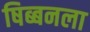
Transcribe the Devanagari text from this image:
षिब्बनला